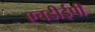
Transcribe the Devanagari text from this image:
एचडीईपी